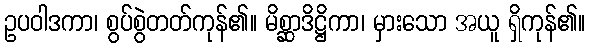
ဥပဝါဒကာ၊ စွပ်စွဲတတ်ကုန်၏။ မိစ္ဆာဒိဋ္ဌိကာ၊ မှားသော အယူ ရှိကုန်၏။